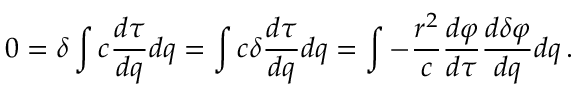
0 = \delta \int { c { \frac { d \tau } { d q } } d q } = \int { c \delta { \frac { d \tau } { d q } } d q } = \int { - { \frac { r ^ { 2 } } { c } } { \frac { d \varphi } { d \tau } } { \frac { d \delta \varphi } { d q } } d q } \, .